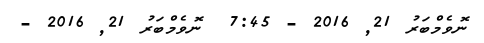
ނޮވެމްބަރު 21